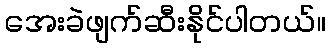
အေးခဲဖျက်ဆီးနိုင်ပါတယ်။